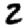
Digit: 2